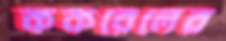
ককরেলের